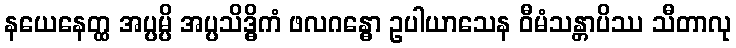
နယေနေတ္ထ အပ္ပမ္ပိ အပ္ပသိဒ္ဓိကံ ဖလဂန္ဓော ဥပါယာသေန ဝီမံသန္တာပိဿ သီတာလု